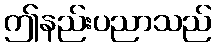
ဤနည်းပညာသည်